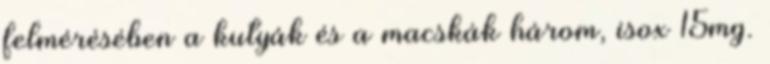
felmérésében a kutyák és a macskák három, isox 15mg.